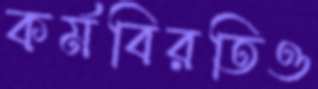
কর্মবিরতিও